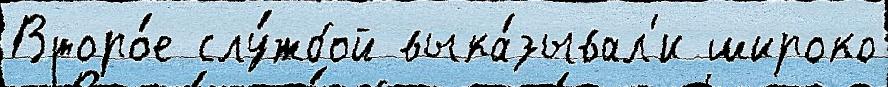
Второ́е слу́жбой выка́зывал'и широко